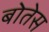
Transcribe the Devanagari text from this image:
बोतेस